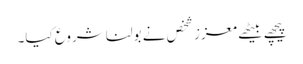
پیچھے بیٹھے معزز شخص نے بولنا شروع کیا۔